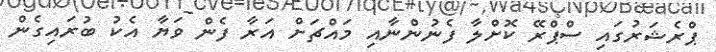
ޕްރެޝަރުގައި ސްޕްރޭ ކޮށްލާ ފެނުންނާއި މައްޗަށް އަރާ ފެން ވަޔާ އެކު ބުރައިގެން